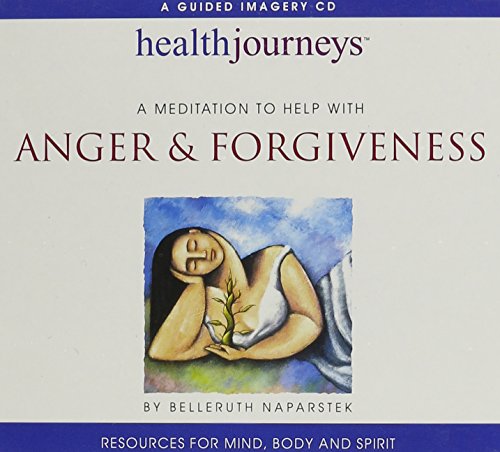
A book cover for Meditation To Help with Anger & Forgiveness (Health Journeys); Belleruth Naparstek; Self-Help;